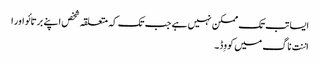
ایسا تب تک ممکن نہیں ہے جب تک کہ متعلقہ شخص اپنے برتائو اور ا
اننت ناگ میں کووِڈ۔